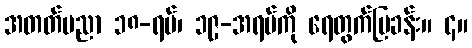
အတတ်ပညာ ၁၈-ရပ်၊ ၁၉-အရပ်ကို ရေတွက်ပြခန်း။ ၄။